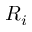
R _ { i }